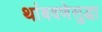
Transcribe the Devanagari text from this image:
थांबवणेसुद्धा